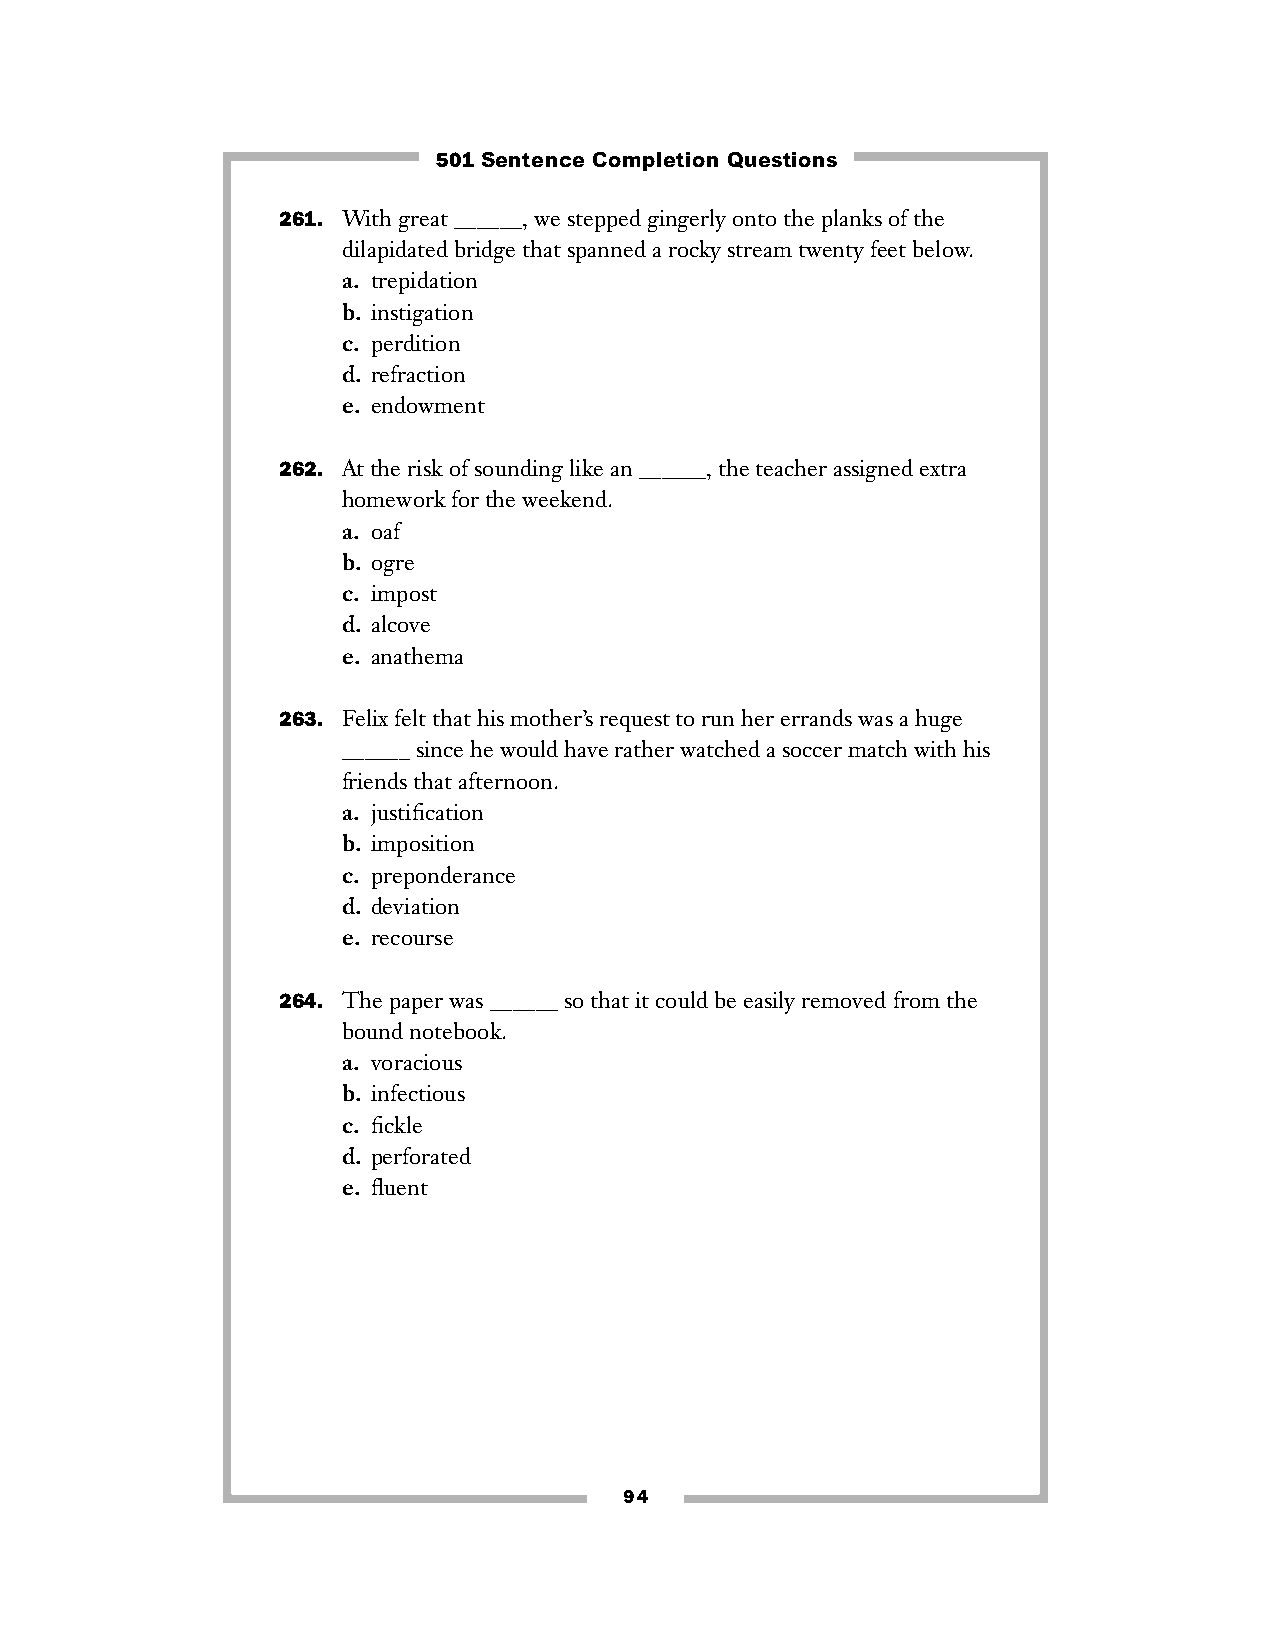
501 Sentence Completion Questions
 261. With great ______, we stepped gingerly onto the planks of the
 dilapidated bridge that spanned a rocky stream twenty feet below.
 a. trepidation
 b. instigation
 c. perdition
 d. refraction
 e. endowment
 262. At the risk of sounding like an ______, the teacher assigned extra
 homework for the weekend.
 a. oaf
 b. ogre
 c. impost
 d. alcove
 e. anathema
 263. Felix felt that his mother’s request to run her errands was a huge
 ______ since he would have rather watched a soccer match with his
 friends that afternoon.
 a. justification
 b. imposition
 c. preponderance
 d. deviation
 e. recourse
 264. The paper was ______ so that it could be easily removed from the
 bound notebook.
 a. voracious
 b. infectious
 c. fickle
 d. perforated
 e. fluent
 94